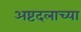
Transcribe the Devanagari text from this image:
अष्टदलाच्या